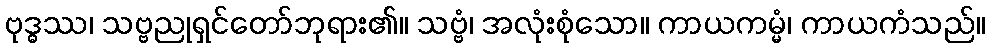
ဗုဒ္ဓဿ၊ သဗ္ဗညုရှင်တော်ဘုရား၏။ သဗ္ဗံ၊ အလုံးစုံသော။ ကာယကမ္မံ၊ ကာယကံသည်။